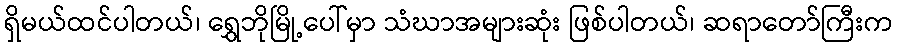
ရှိမယ်ထင်ပါတယ်၊ ရွှေဘိုမြို့ပေါ်မှာ သံဃာအများဆုံး ဖြစ်ပါတယ်၊ ဆရာတော်ကြီးက